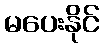
မပေးနိုင်